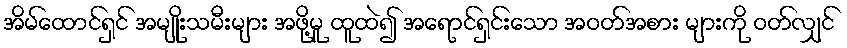
အိမ်ထောင်ရှင် အမျိုးသမီးများ အဖို့မူ ထူထဲ၍ အရောင်ရှင်းသော အဝတ်အစား များကို ဝတ်လျှင်